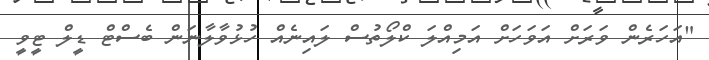
"އަހަރެން ވަރަށް އަވަހަށް އަމިއްލަ ކްލޯތުސް ލައިނެއް ހުޅުވާލާނަން ބެސްޓް ޑީލް ޓީވީ